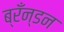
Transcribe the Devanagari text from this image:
ब्रँन्डन